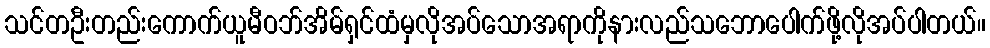
သင်တဦးတည်းကောက်ယူမီဝဘ်အိမ်ရှင်ထံမှလိုအပ်သောအရာကိုနားလည်သဘောပေါက်ဖို့လိုအပ်ပါတယ်။